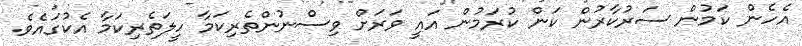
އެހެން ކަމުން ސަރުކާރުން ކަން ކުރަމުން އައީ ވަރަށް ވިސްނުންތެރިކަމާ ހީލަތެރިކަމާ އެކުގައެވެ.